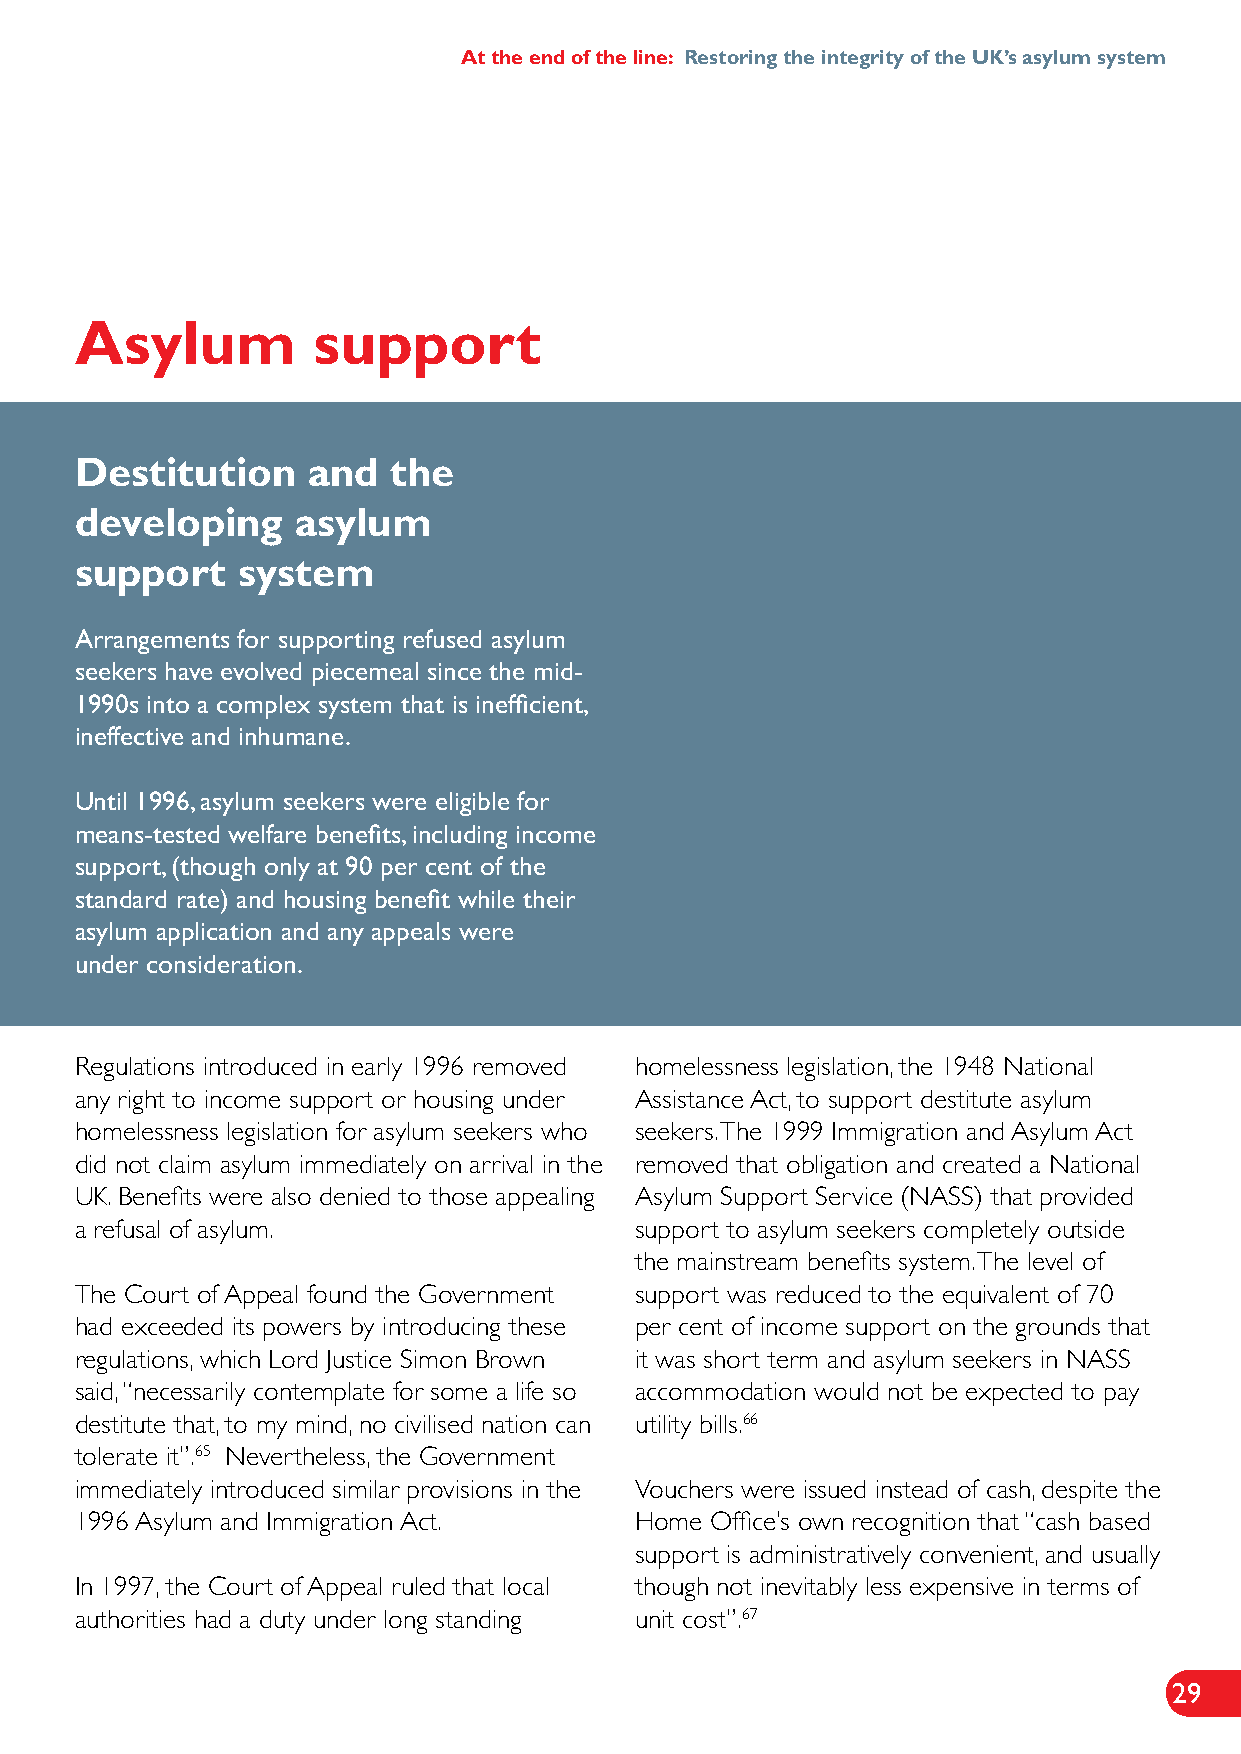
At the end of the line: Restoring the integrity of the UK’s asylum system
 Asylum          support
 Destitution    and   the
 developing     asylum
 support    system
 Arrangements for supporting refused asylum
 seekers have evolved piecemeal since the mid-
 1990s into a complex system that is inefficient,
 ineffective and inhumane.
 Until 1996, asylum seekers were eligible for
 means-tested welfare benefits, including income
 support, (though only at 90 per cent of the
 standard rate) and housing benefit while their
 asylum application and any appeals were
 under consideration.
 Regulations introduced in early 1996 removed homelessness legislation, the 1948 National
 any right to income support or housing under Assistance Act, to support destitute asylum
 homelessness legislation for asylum seekers who seekers. The 1999 Immigration and Asylum Act
 did not claim asylum immediately on arrival in the removed that obligation and created a National
 UK. Benefits were also denied to those appealing Asylum Support Service (NASS) that provided
 a refusal of asylum.                 support to asylum seekers completely outside
 the mainstream benefits system. The level of
 The Court of Appeal found the Government support was reduced to the equivalent of 70
 had exceeded its powers by introducing these per cent of income support on the grounds that
 regulations, which Lord Justice Simon Brown it was short term and asylum seekers in NASS
 said, “necessarily contemplate for some a life so accommodation would not be expected to pay
 destitute that, to my mind, no civilised nation can utility bills.66
 tolerate it”.65 Nevertheless, the Government
 immediately introduced similar provisions in the Vouchers were issued instead of cash, despite the
 1996 Asylum and Immigration Act.     Home Office’s own recognition that “cash based
 support is administratively convenient, and usually
 In 1997, the Court of Appeal ruled that local though not inevitably less expensive in terms of
 authorities had a duty under long standing unit cost”.67
 29